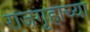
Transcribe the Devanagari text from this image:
राजगृहाच्या